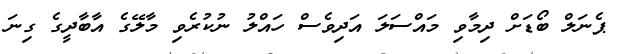
ޕެނަލް ބޯޑަށް ދިމާވި މައްސަލަ އަދިވެސް ހައްލު ނުކުރެވި މާލޭގެ އާބާދީގެ ގިނަ